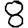
Digit: 8